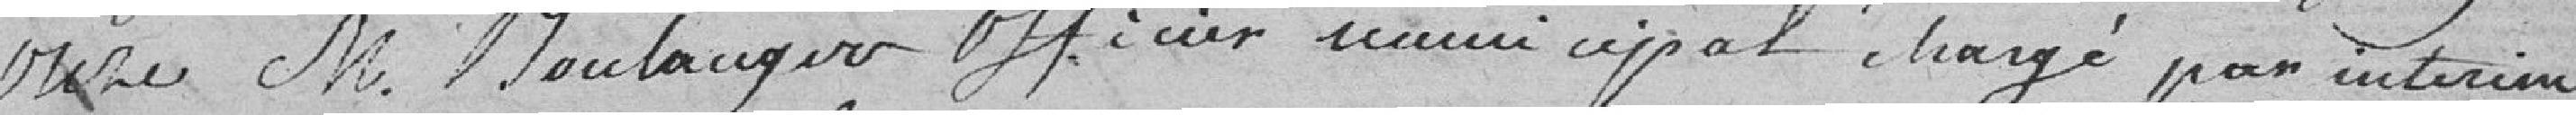
onze M. Boulanger Officier municipal chargé par intérim